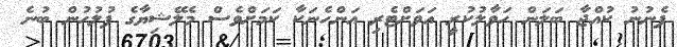
ފެނުނު ކުއްޖާ ބަލަން ހަވާލުކުރީ އަވަށްޓެރި އަންހެނަކާ ކަމަށްވެސް މެލޭޝިޔާގެ ފުލުހުން ބުނެ